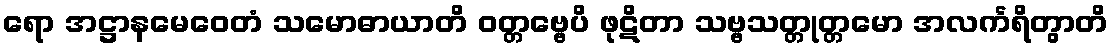
ရော အဋ္ဌာနမေဝေတံ သမောဓာယာတိ ဝတ္တဗ္ဗေပိ ဖုဋိတာ သဗ္ဗသတ္တုတ္တမော အလင်္ကရိတွာတိ